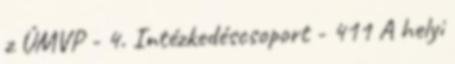
z ÚMVP - 4. Intézkedéscsoport - 411 A helyi